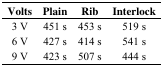
| Volts | Plain | Rib | Interlock |
 | --- | --- | --- | --- |
 | 3 V | 451 s | 453 s | 519 s |
 | 6 V | 427 s | 414 s | 541 s |
 | 9 V | 423 s | 507 s | 444 s |